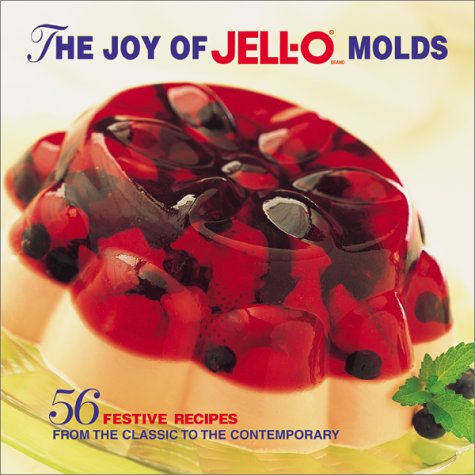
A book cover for The Joy of Jell-O Molds: 56 Festive recipes from the classic to the contemporary; Kraft Foods; Cookbooks, Food & Wine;